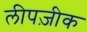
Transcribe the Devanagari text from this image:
लीपज़ीक